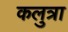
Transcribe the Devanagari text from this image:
कलुत्रा